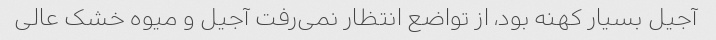
آجیل بسیار کهنه بود، از تواضع انتظار نمی‌رفت آجیل و میوه خشک عالی